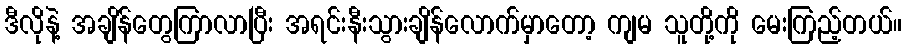
ဒီလိုနဲ့ အချိန်တွေကြာလာပြီး အရင်းနီးသွားချိန်လောက်မှာတော့ ကျမ သူတို့ကို မေးကြည့်တယ်။